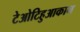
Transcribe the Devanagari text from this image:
टेओटिहुआकान